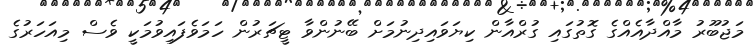
މަޖުބޫރު މާއްދާއެއްގެ ގޮތުގައި ގުރްއާން ކިޔަވައިދިނުމަށް ބޭނުންވާ ޓީޗަރުން ހަމަވެފައިވުމަކީ ވެސް މިއަހަރުގެ